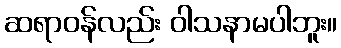
ဆရာဝန်လည်း ဝါသနာမပါဘူး။